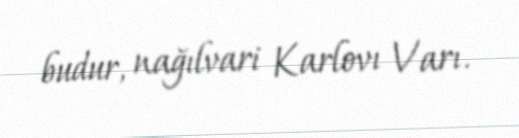
budur, nağılvari Karlovı Varı.